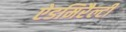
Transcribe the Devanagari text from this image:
ऐडमिरैल्टी